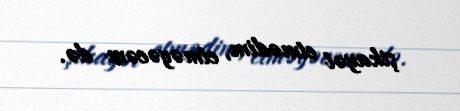
şikayət etmədim, etməyəcəm də.